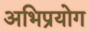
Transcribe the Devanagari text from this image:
अभिप्रयोग